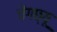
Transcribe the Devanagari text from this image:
चेंगछ्यू